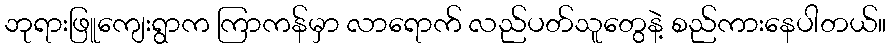
ဘုရားဖြူကျေးရွာက ကြာကန်မှာ လာရောက် လည်ပတ်သူတွေနဲ့ စည်ကားနေပါတယ်။